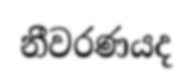
නීවරණයද